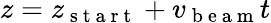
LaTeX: z=z_{\mathrm{~s~t~a~r~t~}}+v_{\mathrm{~b~e~a~m~}}t